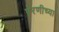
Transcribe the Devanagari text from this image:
पेरणीच्या